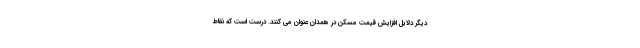
دیگر دلایل افزایش قیمت مسکن در همدان عنوان می کنند. درست است که نقاط